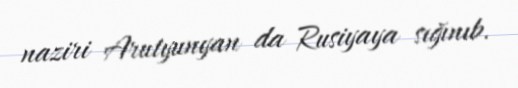
naziri Arutyunyan da Rusiyaya sığınıb.